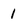
Character: 1